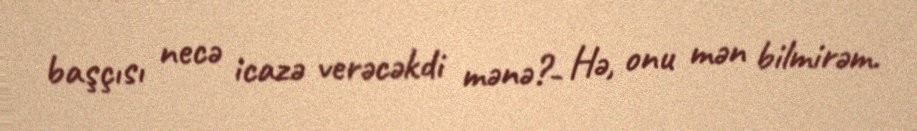
başçısı necə icazə verəcəkdi mənə?- Hə, onu mən bilmirəm.